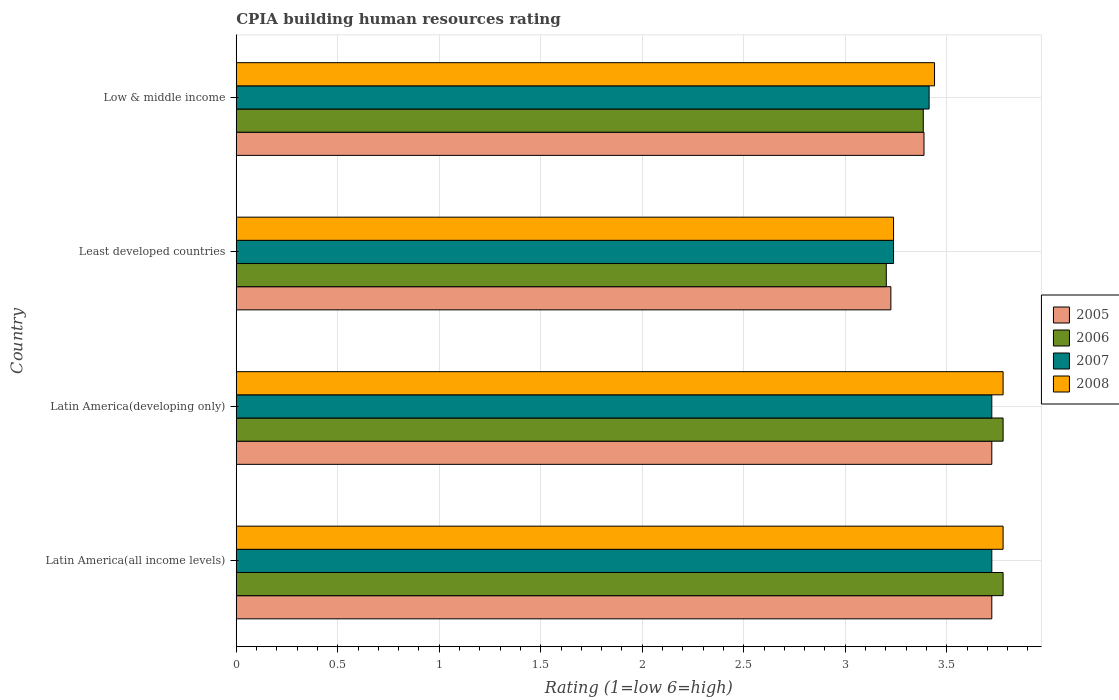
| Country | 2005 | 2006 | 2007 | 2008 |
 | --- | --- | --- | --- | --- |
 | Latin America(all income levels) | 3.72 | 3.78 | 3.72 | 3.78 |
 | Latin America(developing only) | 3.72 | 3.78 | 3.72 | 3.78 |
 | Least developed countries | 3.23 | 3.2 | 3.24 | 3.24 |
 | Low & middle income | 3.39 | 3.38 | 3.41 | 3.44 |